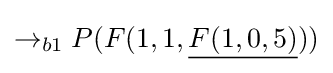
\rightarrow _{b1}P(F(1,1,{\underline {F(1,0,5)}}))